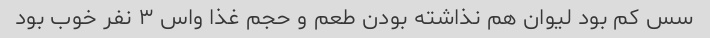
سس کم بود لیوان هم نذاشته بودن طعم و حجم غذا واس ۳ نفر خوب بود